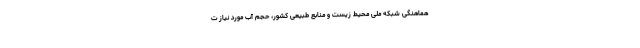
هماهنگی شبکه ملی محیط زیست و منابع طبیعی کشور، حجم آب مورد نیاز ت